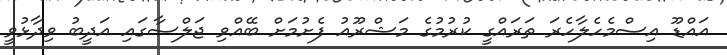
އައްޑޫ އިސްމެހެލާހެރަ ތަރައްގީ ކުރުމުގެ މަޝްރޫއު ފެށުމަށް ބޭއްވި ޖަލްސާގައި އަދީބު ވިދާޅުވީ